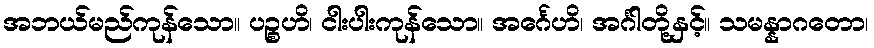
အဘယ်မည်ကုန်သော။ ပဉ္စဟိ၊ ငါးပါးကုန်သော။ အင်္ဂေဟိ၊ အင်္ဂါတို့နှင့်။ သမန္နာဂတော၊